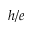
h / e